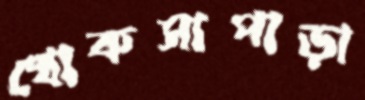
খোকসাপাড়া